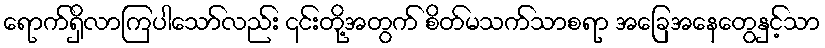
ရောက်ရှိလာကြပါသော်လည်း ၎င်းတို့အတွက် စိတ်မသက်သာစရာ အခြေအနေတွေနှင့်သာ